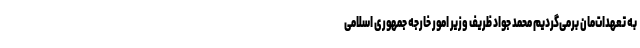
به تعهدات‌مان برمی‌گردیم محمد جواد ظریف وزیر امور خارجه جمهوری اسلامی